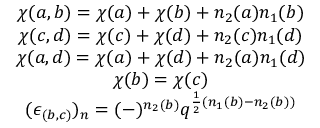
\begin{array} { c } { { \chi ( a , b ) = \chi ( a ) + \chi ( b ) + n _ { 2 } ( a ) n _ { 1 } ( b ) } } \\ { { \chi ( c , d ) = \chi ( c ) + \chi ( d ) + n _ { 2 } ( c ) n _ { 1 } ( d ) } } \\ { { \chi ( a , d ) = \chi ( a ) + \chi ( d ) + n _ { 2 } ( a ) n _ { 1 } ( d ) } } \\ { { \chi ( b ) = \chi ( c ) } } \\ { { ( \epsilon _ { ( b , c ) } ) _ { n } = ( - ) ^ { n _ { 2 } ( b ) } q ^ { \frac { 1 } { 2 } ( n _ { 1 } ( b ) - n _ { 2 } ( b ) ) } } } \end{array}